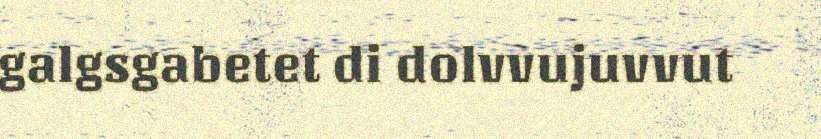
galgsgabetet di dolvvujuvvut